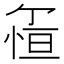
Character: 𱞵